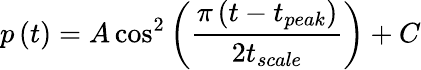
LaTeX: p\left(t\right)=A\cos^{2}{\left(\frac{\pi\left(t-t_{peak}\right)}{2t_{scale}}\right)}+C